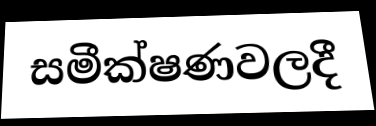
සමීක්ෂණවලදී